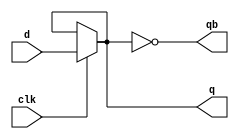
module dff_mux(input d, input clk, output q,qb);

wire in1,in2,sel;

assign in1=d;
assign in2=q;
assign sel=clk;

assign q=sel?in1:in2;
assign qb=~q;


endmodule